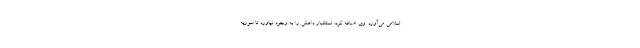
اسلامی می‌آورد. وی اضافه کرد: استکبار داعش را به وجود نیاورد تا سوریه